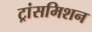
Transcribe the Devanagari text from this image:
ट्रांसमिशन